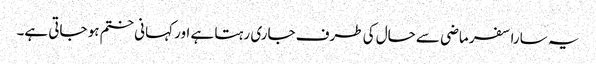
یہ سارا سفر ماضی سے حال کی طرف جاری رہتا ہے اور کہانی ختم ہو جاتی ہے۔